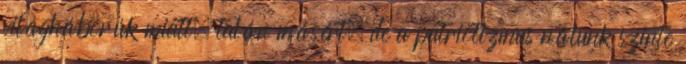
világháborúk miatt, talán másért, de a patriotizmus nálunk szinte